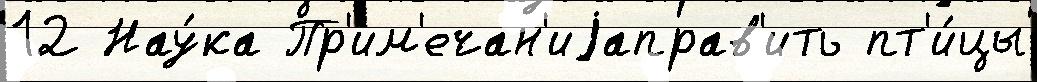
12 Нау́ка Пр'им'ечан'иjаправ'ить пт'и́цы